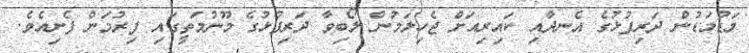
މަޑުމަޑުން ދަރިފުޅުގެ އެނދާއި ކައިރިއަށް ޖެހިލަމުން ލޯބިވާ ދަރިފުޅުގެ މޫނުމަތީގައި ފިރުމަން ފެށިއެވެ.